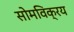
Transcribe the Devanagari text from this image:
सोमविक्रय